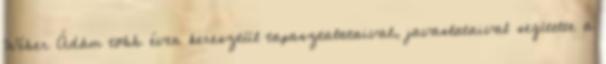
Wéber Ádám több éven keresztül tapasztalataival, javaslataival segítette a